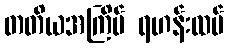
တတိယအကြိမ် ရဟန်းထပ်